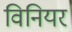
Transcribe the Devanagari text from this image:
विनियर